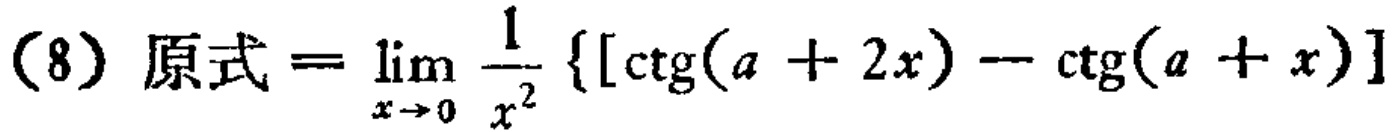
(8) 原式\(=\lim_{x \to 0} \frac{1}{x^{2}} \{[\text{ctg}(a + 2x)-\text{ctg}(a + x)]\}\)